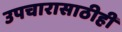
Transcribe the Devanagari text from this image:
उपचारासाठीही